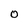
Character: 0